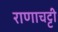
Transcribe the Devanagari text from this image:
राणाचट्टी